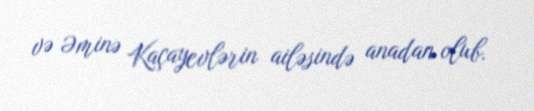
və Əminə Kaçayevlərin ailəsində anadan olub.